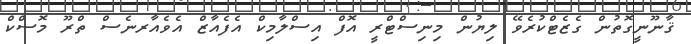
ޤާނޫނީގޮތުން ގެޒެޓްކުރެވޭ ލިޔުން މިނިސްޓްރީ އޮފް އިސްލާމިކް އެފެއާޒް އެވެއާރނެސް ތްރޫ މޮސްކް